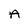
Character: A